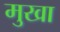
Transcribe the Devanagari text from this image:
मुखा